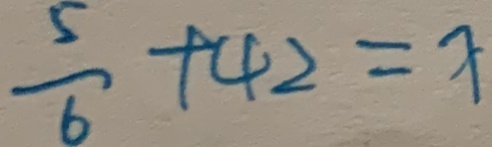
\frac { 5 } { 6 } + 4 2 = x